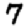
Digit: 7